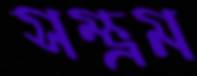
সম্ভ্রম